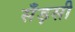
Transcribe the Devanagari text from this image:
सँड़सी